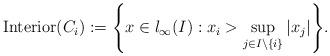
LaTeX: \begin{align*}\mathrm{Interior}(C_i) := \Biggl \{ x \in l_{\infty}(I) : x_i > \sup_{j \in I \setminus \{ i \}} | x_j | \Biggr \}.\end{align*}